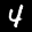
Label: 4